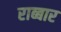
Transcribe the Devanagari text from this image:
राब्बार